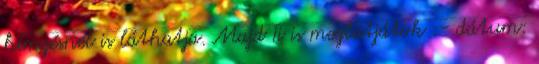
hímzésnél is láthatja. Majd Ti is meglátjátok :- dátum: